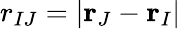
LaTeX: r_{IJ}=|\mathbf{r}_{J}-\mathbf{r}_{I}|